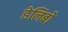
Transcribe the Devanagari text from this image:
हेलिबो